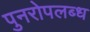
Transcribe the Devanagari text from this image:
पुनरोपलब्ध